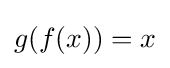
g(f(x))=x